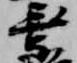
乗